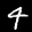
Label: 4